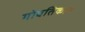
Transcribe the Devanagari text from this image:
गोवतिकानं